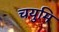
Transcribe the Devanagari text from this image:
चयुमि